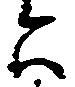
は